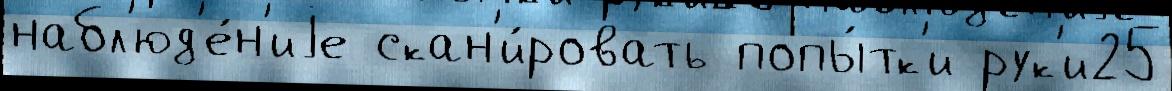
набл'юд'е́н'иjе скан'и́ровать попы́тк'и рук'и25